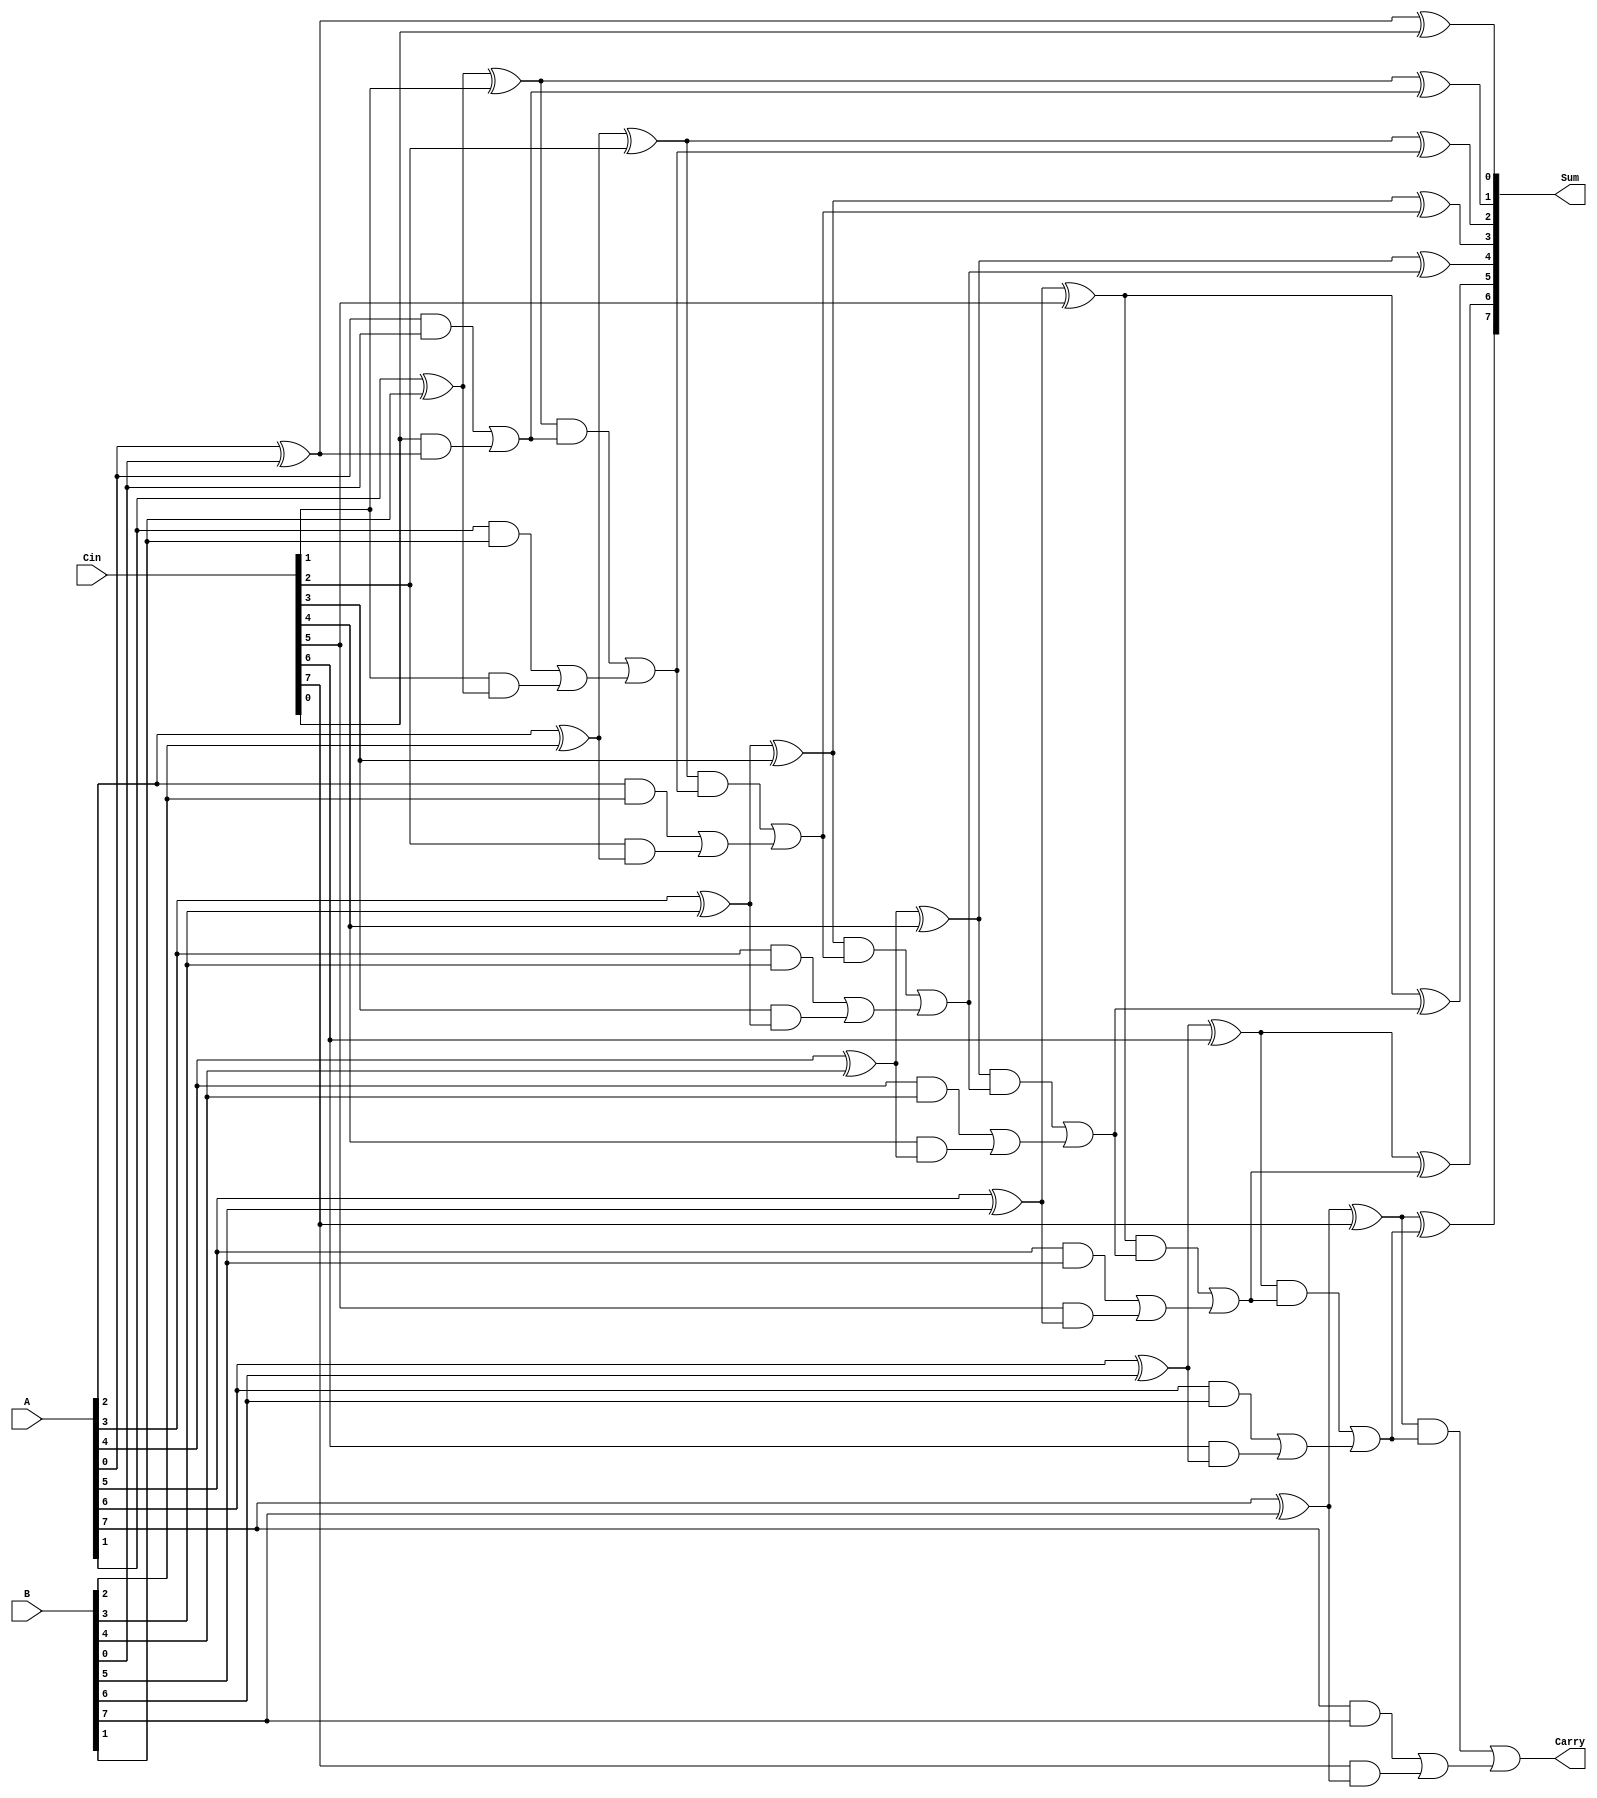
module CarrySaveAdder (
    input [N-1:0] A,    // First operand
    input [N-1:0] B,    // Second operand
    input [N-1:0] Cin,  // Carry input
    output [N-1:0] Sum,  // Final sum output
    output Carry         // Final carry output
);
    parameter N = 8; // Define the width of the operands

    // Intermediate signals for partial sums and carries
    wire [N-1:0] PartialSum;
    wire [N-1:0] PartialCarry;

    // Generate partial sum and carry for each bit
    genvar i;
    generate
        for (i = 0; i < N; i = i + 1) begin : CSA
            assign PartialSum[i] = A[i] ^ B[i] ^ Cin[i]; // S = A  B  Cin
            assign PartialCarry[i] = (A[i] & B[i]) | (Cin[i] & (A[i] ^ B[i])); // C = (A & B) | (Cin & (A  B))
        end
    endgenerate

    // Final carry propagation using a simple ripple carry adder (RCA)
    wire [N-1:0] FinalSum;
    wire [N:0] FinalCarry; // Extra bit for carry out

    assign FinalCarry[0] = 0; // Initial carry in for RCA
    generate
        for (i = 0; i < N; i = i + 1) begin : RCA
            assign FinalSum[i] = PartialSum[i] ^ FinalCarry[i]; // Final sum
            assign FinalCarry[i + 1] = (PartialSum[i] & FinalCarry[i]) | PartialCarry[i]; // Final carry propagation
        end
    endgenerate

    // Assign outputs
    assign Sum = FinalSum;
    assign Carry = FinalCarry[N];

endmodule